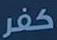
كفر